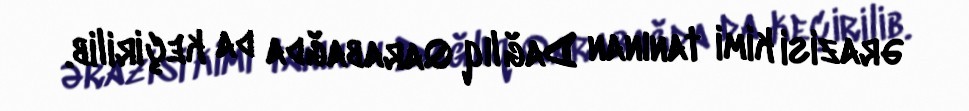
ərazisi kimi tanınan Dağlıq Qarabağda da keçirilib.